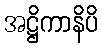
အဋ္ဌိကာနိပိ